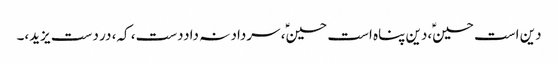
دین است حسینؑ،دین پناہ است حسینؑ، سرداد نہ داددست، کہ، در دست یزید،۔